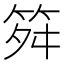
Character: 𥬫